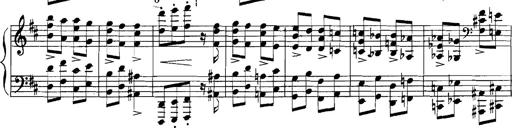
Title: Rhapsodies hongroises
Composer: Franz Liszt